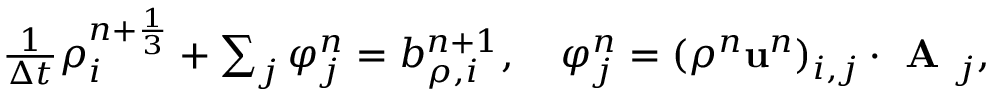
\begin{array} { r } { \frac { 1 } { \Delta t } { \rho } _ { i } ^ { n + \frac { 1 } { 3 } } + \sum _ { j } \varphi _ { j } ^ { n } = b _ { \rho , i } ^ { n + 1 } , \quad \varphi _ { j } ^ { n } = ( \rho ^ { n } \mathbf u ^ { n } ) _ { i , j } \cdot \textbf { A } _ { j } , } \end{array}